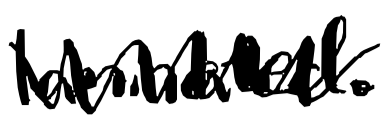
Text: laminated.
Cross-out: zig-zag
Writing tool: digital_black